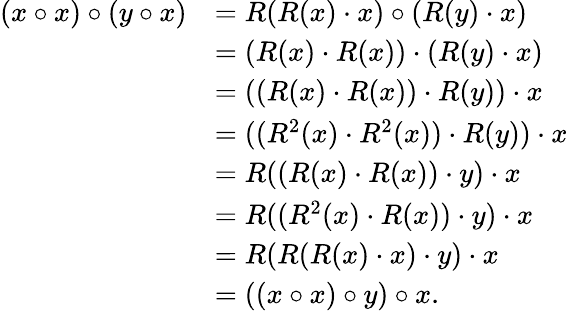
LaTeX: \begin{array}{rl}{(x\circ x)\circ(y\circ x)}&{=R(R(x)\cdot x)\circ(R(y)\cdot x)}\\ &{=(R(x)\cdot R(x))\cdot(R(y)\cdot x)}\\ &{=((R(x)\cdot R(x))\cdot R(y))\cdot x}\\ &{=((R^{2}(x)\cdot R^{2}(x))\cdot R(y))\cdot x}\\ &{=R((R(x)\cdot R(x))\cdot y)\cdot x}\\ &{=R((R^{2}(x)\cdot R(x))\cdot y)\cdot x}\\ &{=R(R(R(x)\cdot x)\cdot y)\cdot x}\\ &{=((x\circ x)\circ y)\circ x.}\end{array}